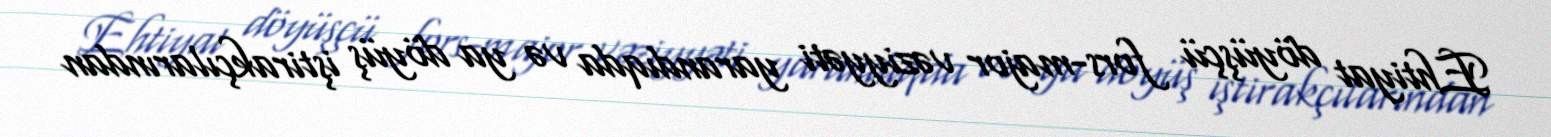
Ehtiyat döyüşçü fors-major vəziyyəti yarandıqda və ya döyüş iştirakçılarından